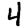
Digit: 4